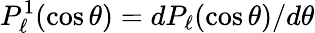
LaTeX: P_{\ell}^{1}(\cos\theta)=dP_{\ell}(\cos\theta)/d\theta